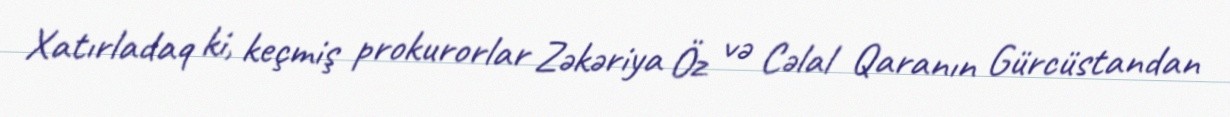
Xatırladaq ki, keçmiş prokurorlar Zəkəriya Öz və Cəlal Qaranın Gürcüstandan